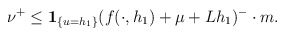
\begin{align*}\nu^{+}\le\mathbf{1}_{\{u=h_{1}\}}(f(\cdot, h_{1})+\mu+Lh_{1})^{-}\cdot m.\end{align*}